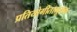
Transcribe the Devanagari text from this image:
प्रतियोगीतामूलक